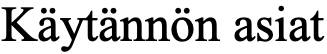
Käytännön asiat